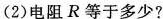
(2)电阻R等于多少?